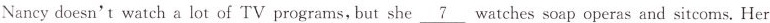
Nancy doesn't watch a lot of TV programs,but she \underline{7} watches soap operas and sitcoms. Her